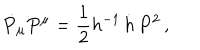
\dot { P } _ { \mu } P ^ { \mu } = { \frac { 1 } { 2 } } h ^ { - 1 } \, \dot { h } \, P ^ { 2 } \, ,